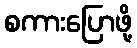
စကားပြောဖို့